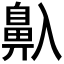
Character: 𱌒